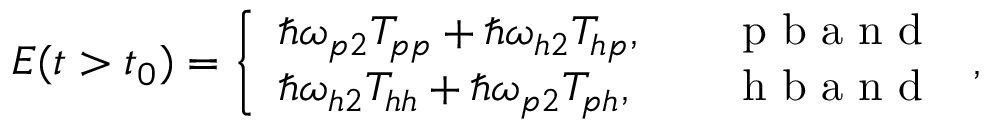
\begin{array} { r } { { \cal E } ( t > t _ { 0 } ) = \left\{ \begin{array} { l l } { \hbar \omega _ { p 2 } T _ { p p } + \hbar \omega _ { h 2 } T _ { h p } , } & { \quad \mathrm { ~ p ~ b ~ a ~ n ~ d ~ } } \\ { \hbar \omega _ { h 2 } T _ { h h } + \hbar \omega _ { p 2 } T _ { p h } , } & { \quad \mathrm { ~ h ~ b ~ a ~ n ~ d ~ } } \end{array} \right. , } \end{array}